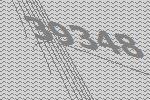
39348